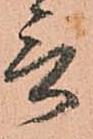
言